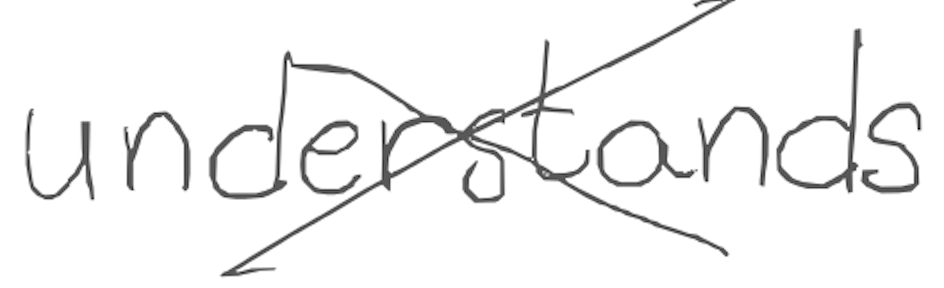
Text: understands
Cross-out: cross
Writing tool: digital_gray